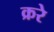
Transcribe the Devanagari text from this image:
क्ररे